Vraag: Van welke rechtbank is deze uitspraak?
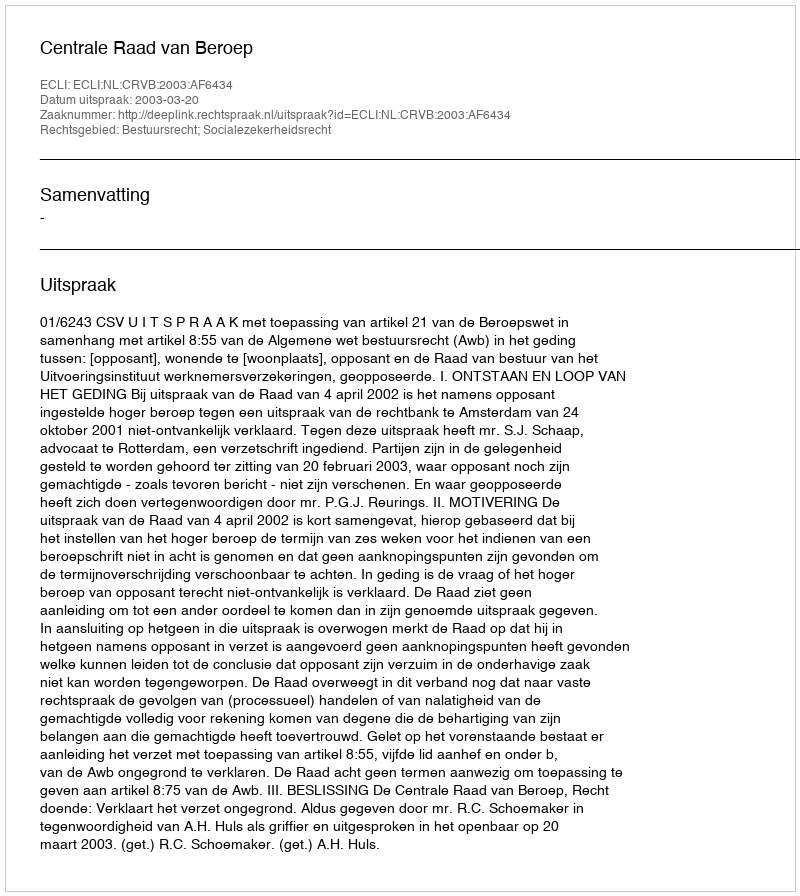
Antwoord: Centrale Raad van Beroep